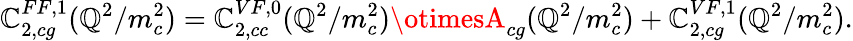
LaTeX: \mathbb{C}_{2,cg}^{FF,1}(\mathbb{Q}^{2}/m_{c}^{2})=\mathbb{C}_{2,cc}^{VF,0}(\mathbb{Q}^{2}/m_{c}^{2})\otimesA_{cg}(\mathbb{Q}^{2}/m_{c}^{2})+\mathbb{C}_{2,cg}^{VF,1}(\mathbb{Q}^{2}/m_{c}^{2}).